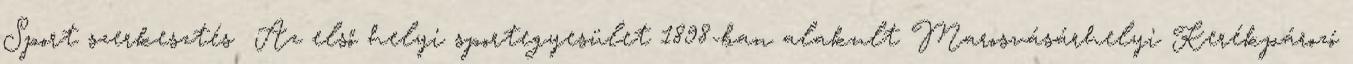
Sport szerkesztés Az első helyi sportegyesület 1898-ban alakult Marosvásárhelyi Kerékpározó